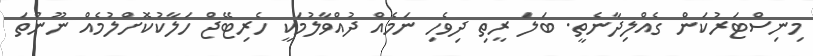
މިނިސްޓަރުކަން ގެއްލިދާނެތީ. ބަލަ ރީތި ދިވެހި ނަމެއް ދުއްވާލުމަކީ ހެރިޓޭޖް ހަލާކުކޮށްލުމެއް ނޫންތަ